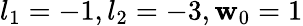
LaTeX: l_{1}=-1,l_{2}=-3,\mathbf{w}_{0}=1